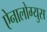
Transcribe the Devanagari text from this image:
ऐनालोग्युस